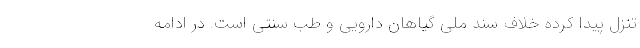
تنزل پیدا کرده خلاف سند ملی گیاهان دارویی و طب سنتی است. در ادامه